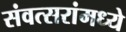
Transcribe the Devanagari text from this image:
संवत्सरांमध्ये